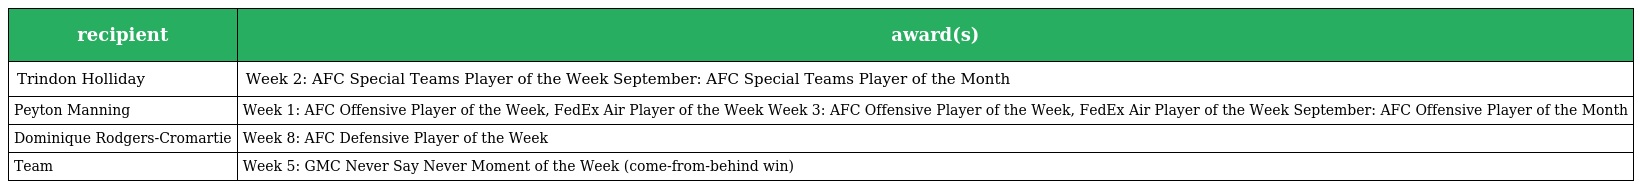
| recipient | award(s) |
 | --- | --- |
 | Trindon Holliday | Week 2: AFC Special Teams Player of the Week September: AFC Special Teams Player of the Month |
 | Peyton Manning | Week 1: AFC Offensive Player of the Week, FedEx Air Player of the Week Week 3: AFC Offensive Player of the Week, FedEx Air Player of the Week September: AFC Offensive Player of the Month |
 | Dominique Rodgers-Cromartie | Week 8: AFC Defensive Player of the Week |
 | Team | Week 5: GMC Never Say Never Moment of the Week (come-from-behind win) |